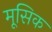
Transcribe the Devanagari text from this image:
मूसिक